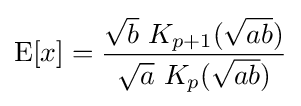
\operatorname {E} [x]={\frac {{\sqrt {b}}\ K_{p+1}({\sqrt {ab}})}{{\sqrt {a}}\ K_{p}({\sqrt {ab}})}}